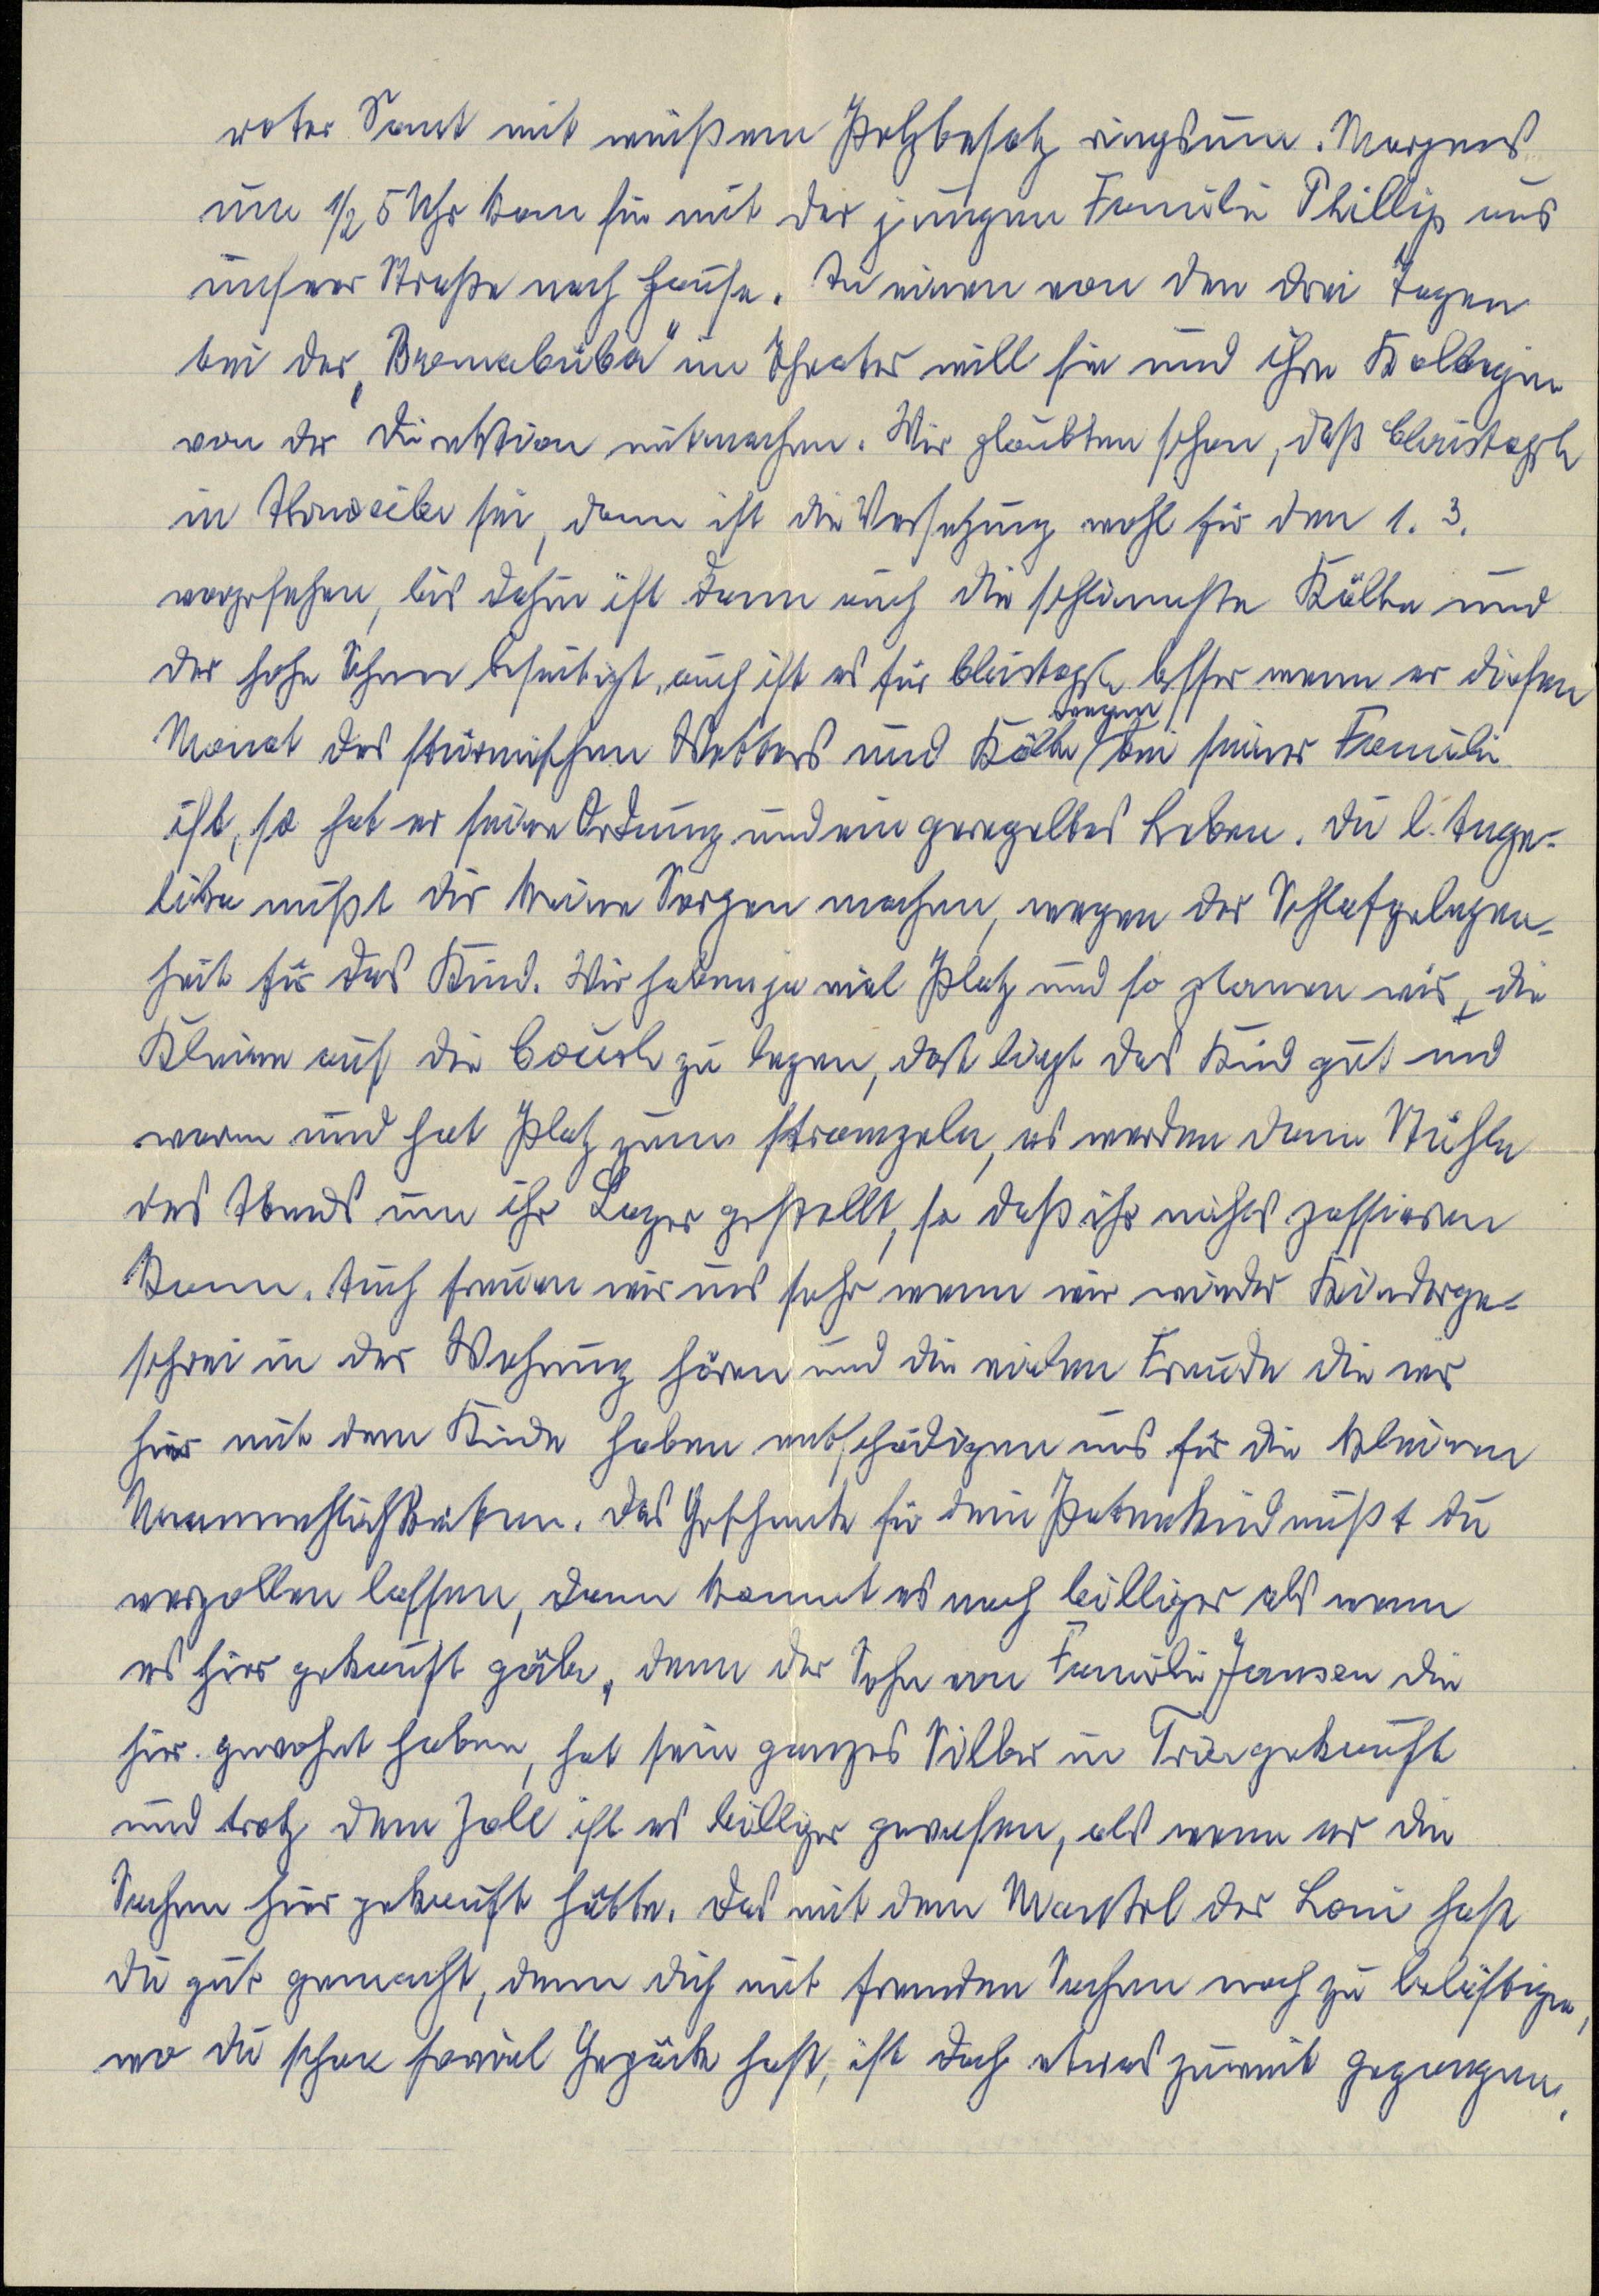
roter Samt mit weißem Pelzbesatz ringsum. Morgens
um ½ 5  Uhr kam sie mit der jungen Famile Phillip aus
unser Straße nach Hause. An einen von den drei Tagen
bei der "Bremerbüba" im Theater will sie und ihre Kollegin
von der Direktion mitmachen. Wir glaubten schon, daß Christoph
in Ahrweiler sei, dann ist die Versezung wohl für den 1.3.
vorgesehen, bis dahin ist dann auch die schwerste Kälte und
der hohe Schnee beseitigt, auch ist es für Christoph besser wenn er diesen
Monat des stürmischen Wetters und Kälte wegen bei seiner Familie
ist, so hat er seine Ordnung und ein geregeltes Leben. Du l. Ange¬
lika mußt Dir keine Sorgen machen, wegen der Schlafgelegen¬
heit für das Kind. Wir haben ja viel Platz und so planen wir die
Kleine auf die Couch zu legen, dort liegt das Kind gut und
warm und hat Platz zum strampeln, es werden dann Stühle
des Abends in ihr Lager gestellt, so daß ihr nichts passieren
kann. Auch freuen wir uns sehr wenn wir wieder Kinderge¬
schrei in der Wohnung hören und die vielen Freude die wir
hier mit dem Kinde haben entschädigen uns für die kleinen
Unannehmlichkeiten. Das Geschenk für dein Patenkind mußt du
verzollen lassen, dann kommt es noch billiger als wenn
es hier gekauft gäbe, denn der Sohn von Familie Jansen die
hier gewohnt haben, hat sein ganzes Silber in Trier gekauft
und trotz dem Zoll ist es billiger gewesen, als wenn er die
Sachen hier gekauft hätte, das mit dem Mantel der Loni hast
du gut gemacht, denn dich mit fremden Sachen noch zu belästigen,
wo du schon soviel Gepäck hast, ist doch etwas zuweit gegangen.